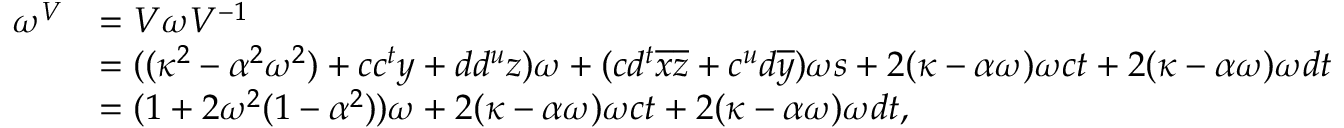
\begin{array} { r l } { \omega ^ { V } } & { = V \omega V ^ { - 1 } } \\ & { = ( ( \kappa ^ { 2 } - \alpha ^ { 2 } \omega ^ { 2 } ) + c c ^ { t } y + d d ^ { u } z ) \omega + ( c d ^ { t } \overline { { x } } \overline { { z } } + c ^ { u } d \overline { { y } } ) \omega s + 2 ( \kappa - \alpha \omega ) \omega c t + 2 ( \kappa - \alpha \omega ) \omega d t } \\ & { = ( 1 + 2 \omega ^ { 2 } ( 1 - \alpha ^ { 2 } ) ) \omega + 2 ( \kappa - \alpha \omega ) \omega c t + 2 ( \kappa - \alpha \omega ) \omega d t , } \end{array}